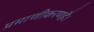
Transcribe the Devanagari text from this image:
प्रमाणीकरणहै।